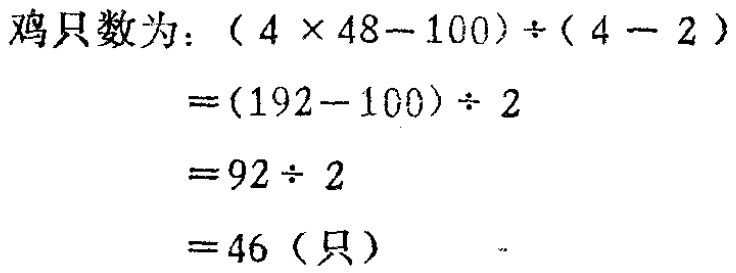
鸡只数为：\((4\times48 - 100)\div(4 - 2)\)

\(=(192 - 100)\div2\)

\(=92\div2\)

\(=46\)（只）